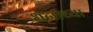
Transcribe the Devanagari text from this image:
धनाच्या